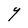
Character: Y